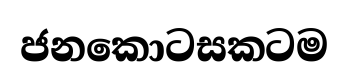
ජනකොටසකටම